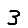
Digit: 3